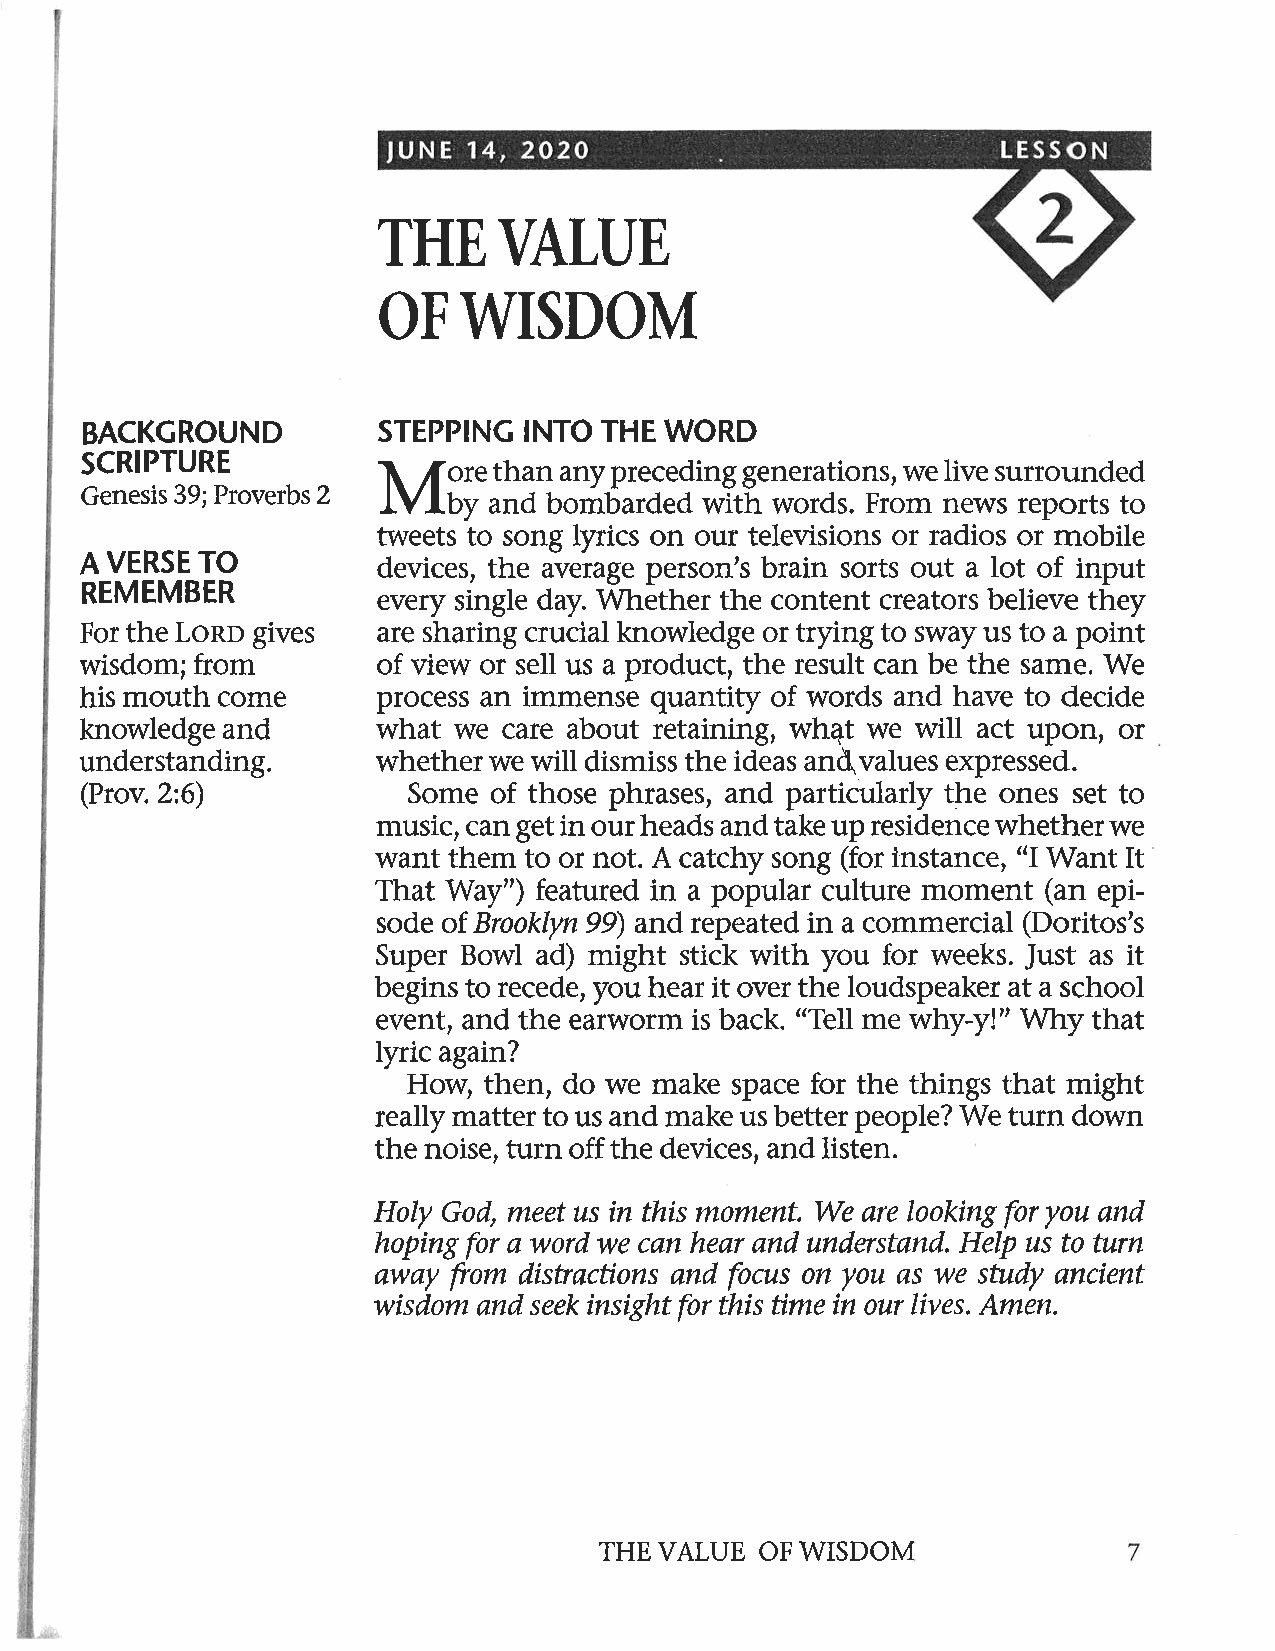
THEVALUE
 OFWISDOM
 BACKGROUND         STEPPING  INTO THE WORD
 SCRIPTURE           \  /ore than any preceding generations, we live surrounded
 Genesis 39;Proverbs 2 IVIby and bombarded with words. From news reports to
 tweets to song lyrics on our televisions or radios or mobile
 A VERSE TO          devices, the average person's brain sorts out a lot of input
 REMEMBER            every single day. Whether the content creators believe they
 For the Lono gives  are sharing crucial knowledge or trying to sway us to a point
 wisdom; from        of view or sell us a product, the result can be the same. We
 his mouth come      process an immense quantity of words and have to decide
 knowledge and       what we care about retaining, wh4t we will act upon, or
 understanding.      whether we will dismiss the ideas anð,values expressed.
 (Prov.2:6)            Some  of those phrases, and particularly the ones set to
 music, can get in our heads and take up residence whether we
 want them to or not. A catchy song (for instance, "I Want It
 That Way") featured in a popular culture moment (an epi-
 sode of Brooklyn 99) and repeated in a commercial (Doritos's
 Super Bowl ad) might stick with you for weeks. Just as it
 begins to receder hear it over the loudspeaker at a school
 ;zou
 event, and the earworm is back. "Tè11 me why-y!" Vfhy that
 lyric again?
 HoW  then, do we make space for the things that might
 really matter to us and make us better people? We turn down
 the noise, turn off the devices, and listen.
 HoIy God, meet us in thís moment. We are looking þr you and
 hoping for a word we c6tn hear and understønd. HeIp us to turn
 øwøy from distrøctions and þcus on you øs we study ancient
 wisdom ønd seek insight þr this time in our lives. Amen.
 THE VALUE OF WISDOM